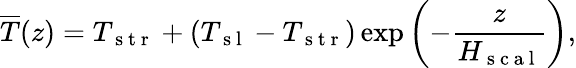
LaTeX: \overline{{T}}{}(z)=T_{\mathrm{~s~t~r~}}+(T_{\mathrm{~s~l~}}-T_{\mathrm{~s~t~r~}})\exp\left(-\frac{z}{H_{\mathrm{~s~c~a~l~}}}\right),